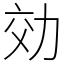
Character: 効